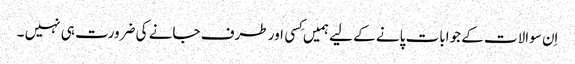
اِن سوالات کے جوابات پانے کے لیے ہمیں کِسی اور طرف جانے کی ضرورت ہی نہیں ۔